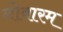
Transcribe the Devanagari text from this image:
नोवारम